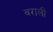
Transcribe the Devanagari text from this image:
वराली